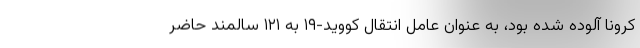
کرونا آلوده شده بود، به عنوان عامل انتقال کووید-۱۹ به ۱۲۱ سالمند حاضر